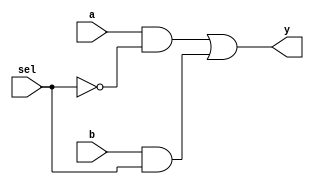
module mux2_1(
    input a, 
    input b, 
    input sel,
    output y
);
    wire not_sel, and1, and2;

    not (not_sel, sel);
    and (and1, a, not_sel);
    and (and2, b, sel);
    or (y, and1, and2);
endmodule